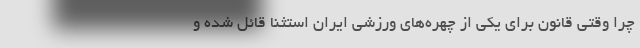
چرا وقتی قانون برای یکی از چهره‌های ورزشی ایران استثنا قائل شده و